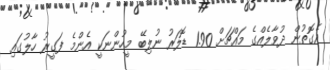
އެގޮތުން ދުވާލެއްގެ މައްޗަށް 1.90 ޑޮލަރު ނުލިބޭ މީހުންނަކީ އެންމެ ފަގީރު ހާލުގައި